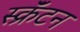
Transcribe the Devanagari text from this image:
स्क्रॅंटन